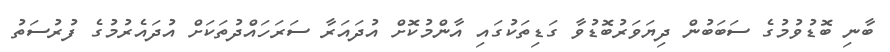
ބާނި ބޮޑުވުމުގެ ސަބަބުން ދިޔަވަރުބޮޑުވާ ގަޑިތަކުގައި އާންމުކޮށް އުދައަރާ ސަރަހައްދުތަކަށް އުދައެރުމުގެ ފުރުސަތު